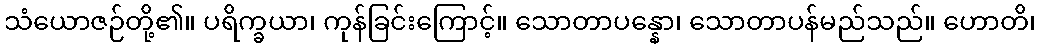
သံယောဇဉ်တို့၏။ ပရိက္ခယာ၊ ကုန်ခြင်းကြောင့်။ သောတာပန္နော၊ သောတာပန်မည်သည်။ ဟောတိ၊